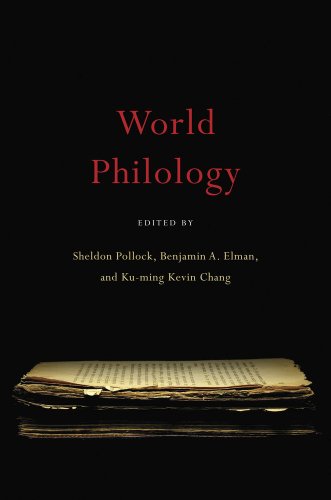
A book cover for World Philology; Reference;